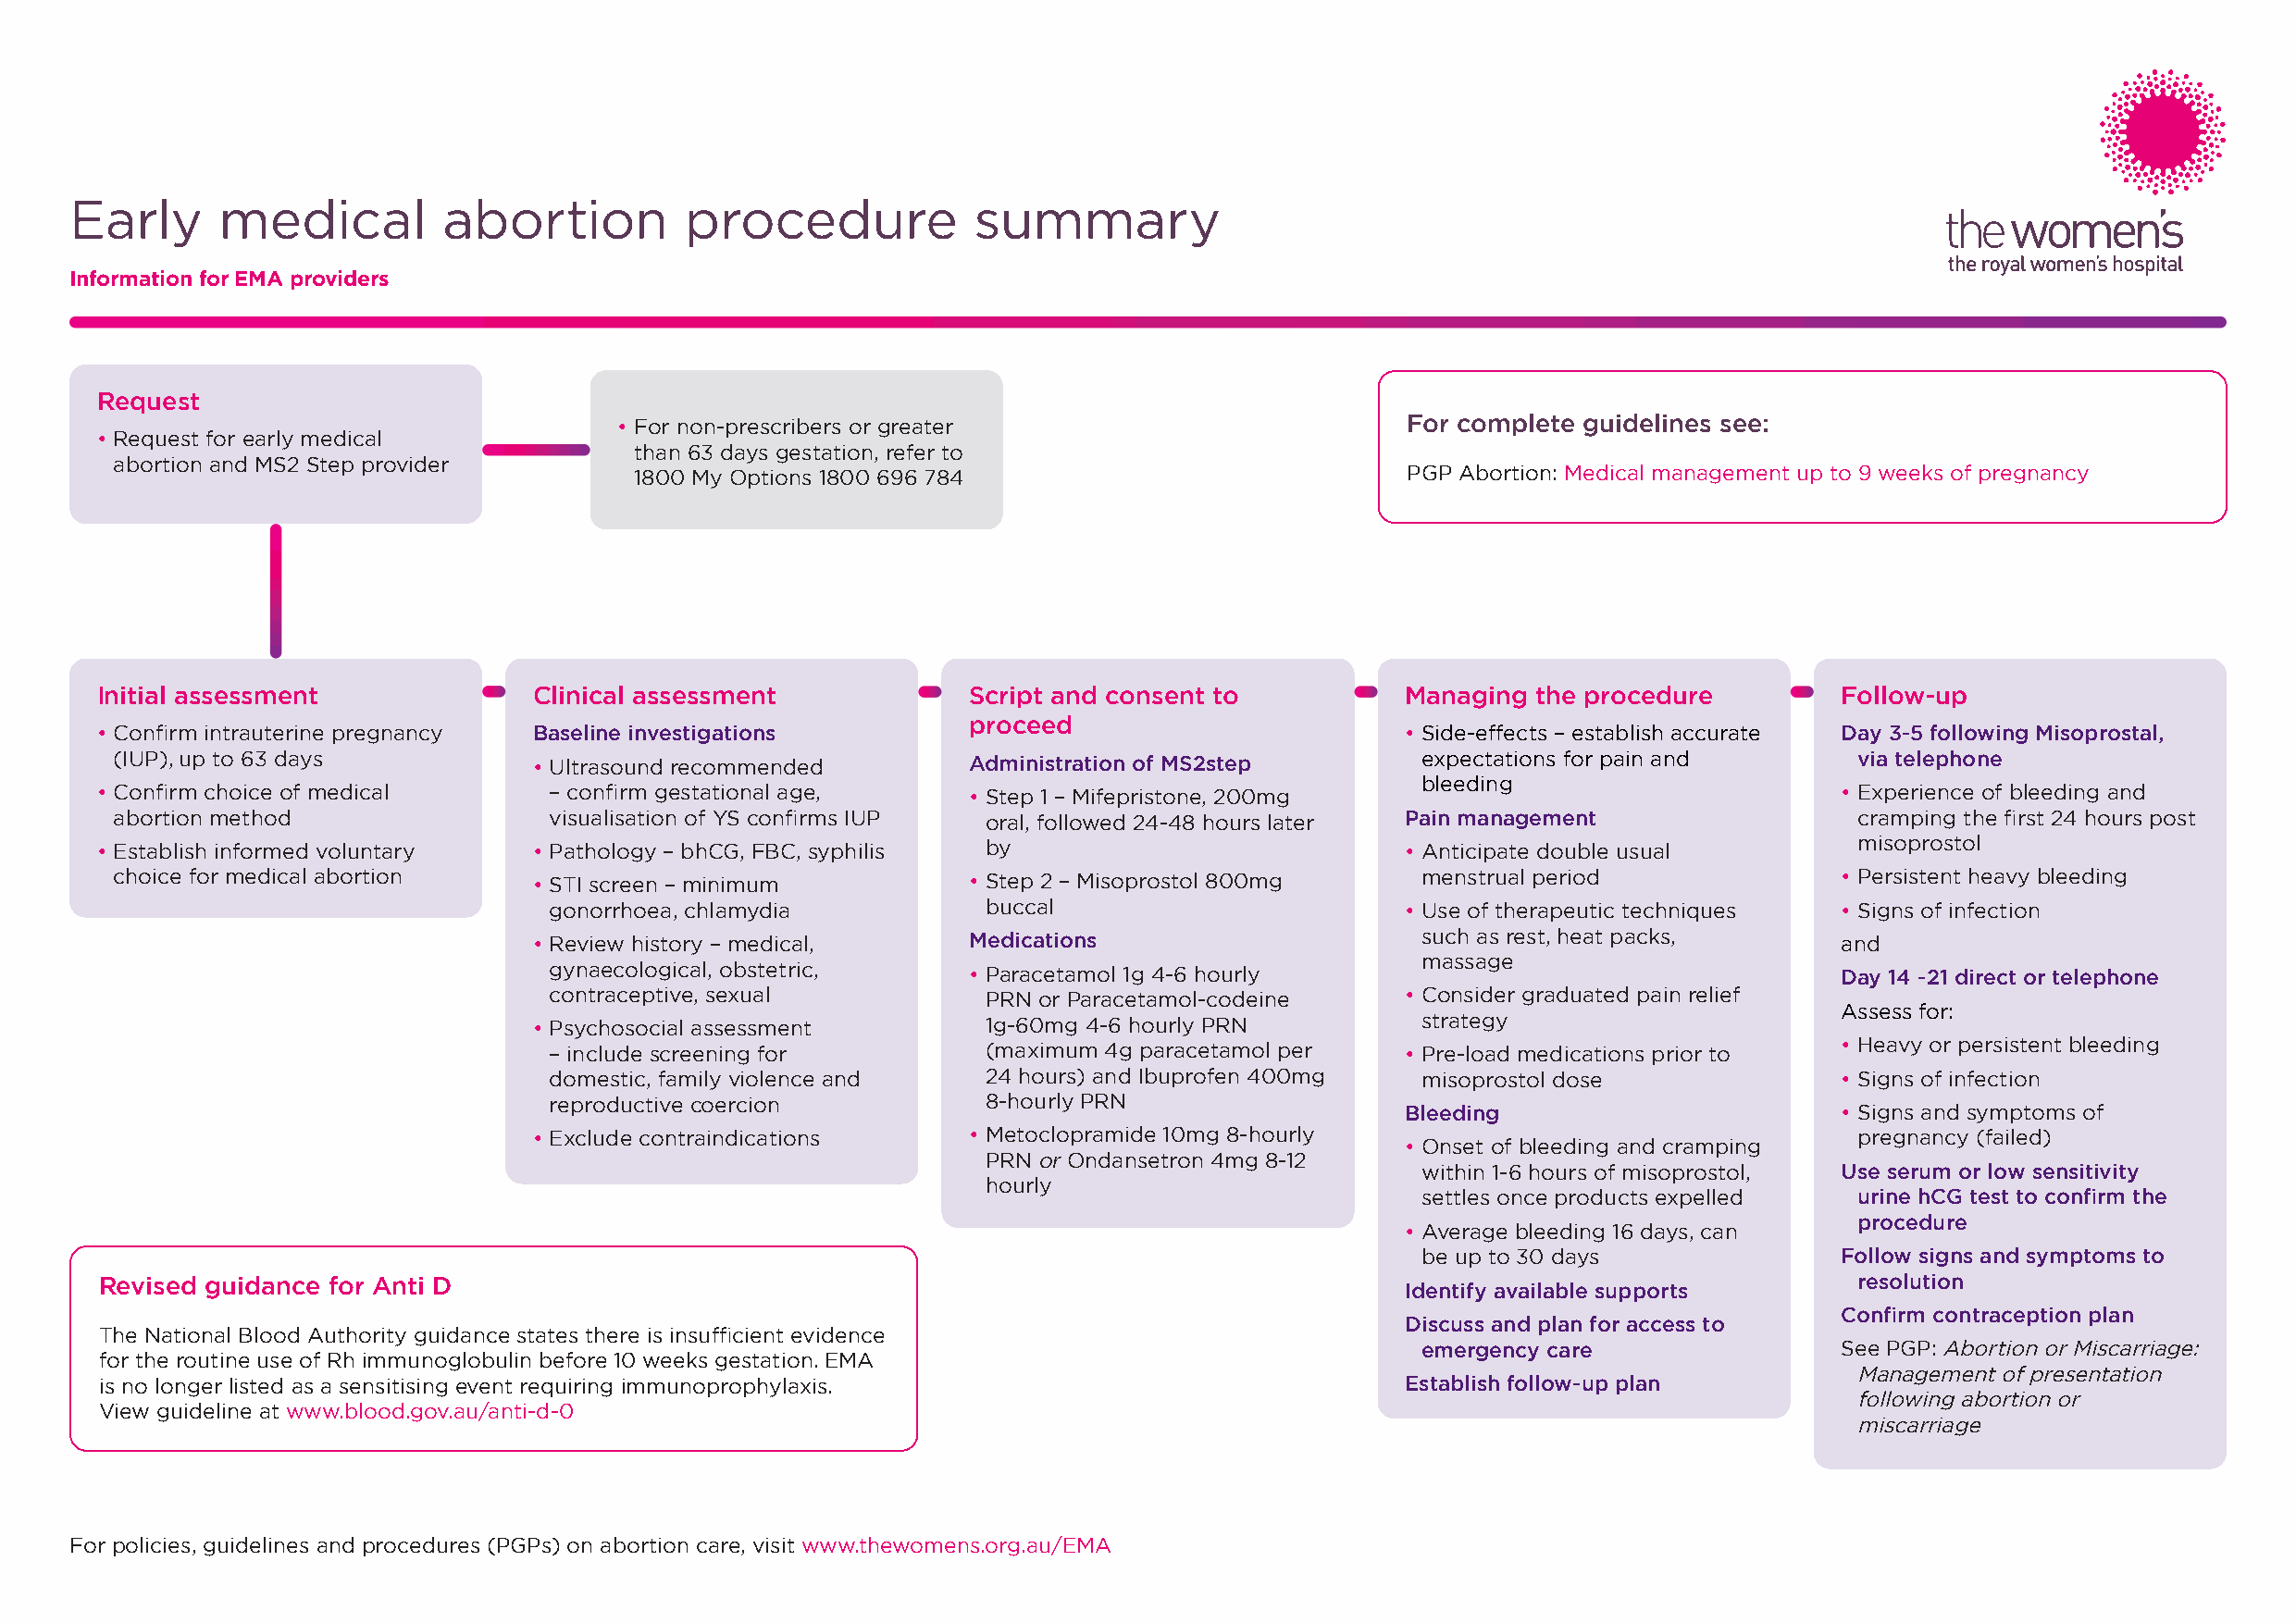
Early      medical         abortion         procedure            summary
 Information for EMA providers
 Request
 • For non-prescribers or greater                         For complete guidelines see:
 • Request for early medical
 than 63 days gestation, refer to
 abortion and MS2 Step provider
 1800 My Options 1800 696 784                            PGP Abortion: Medical management up to 9 weeks of pregnancy
 Initial assessment             Clinical assessment            Script and consent to          Managing  the procedure         Follow-up
 proceed
 • Confirm intrauterine pregnancy Baseline investigations                                     • Side-effects – establish accurate Day 3-5 following Misoprostal,
 (IUP), up to 63 days          • Ultrasound recommended       Administration of MS2step        expectations for pain and      via telephone
 bleeding
 • Confirm choice of medical     – confirm gestational age,    • Step 1 – Mifepristone, 200mg                                 • Experience of bleeding and
 abortion method                visualisation of YS confirms IUP oral, followed 24-48 hours later Pain management             cramping the first 24 hours post
 • Establish informed voluntary • Pathology – bhCG, FBC, syphilis by                          • Anticipate double usual        misoprostol
 choice for medical abortion   • STI screen – minimum         • Step 2 – Misoprostol 800mg     menstrual period              • Persistent heavy bleeding
 gonorrhoea, chlamydia          buccal                        • Use of therapeutic techniques • Signs of infection
 • Review history – medical,    Medications                      such as rest, heat packs,     and
 massage
 gynaecological, obstetric,    • Paracetamol 1g 4-6 hourly                                    Day 14 -21 direct or telephone
 contraceptive, sexual          PRN or Paracetamol-codeine    • Consider graduated pain relief
 Assess for:
 • Psychosocial assessment       1g-60mg 4-6 hourly PRN          strategy
 – include screening for        (maximum 4g paracetamol per   • Pre-load medications prior to • Heavy or persistent bleeding
 domestic, family violence and  24 hours) and Ibuprofen 400mg   misoprostol dose              • Signs of infection
 reproductive coercion          8-hourly PRN
 Bleeding                        • Signs and symptoms of
 • Exclude contraindications    • Metoclopramide 10mg 8-hourly                                  pregnancy (failed)
 • Onset of bleeding and cramping
 PRN or Ondansetron 4mg 8-12
 within 1-6 hours of misoprostol, Use serum or low sensitivity
 hourly
 settles once products expelled urine hCG test to confirm the
 procedure
 • Average bleeding 16 days, can
 be up to 30 days              Follow signs and symptoms to
 Revised guidance for Anti D                                                                                                   resolution
 Identify available supports
 Confirm contraception plan
 Discuss and plan for access to
 The National Blood Authority guidance states there is insufficient evidence
 emergency care                See PGP: Abortion or Miscarriage:
 for the routine use of Rh immunoglobulin before 10 weeks gestation. EMA
 Management of presentation
 is no longer listed as a sensitising event requiring immunoprophylaxis.                      Establish follow-up plan
 following abortion or
 View guideline at www.blood.gov.au/anti-d-0
 miscarriage
 For policies, guidelines and procedures (PGPs) on abortion care, visit www.thewomens.org.au/EMA